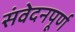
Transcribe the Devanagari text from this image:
संवेदनपूर्ण